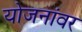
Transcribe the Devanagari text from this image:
योजनांवर